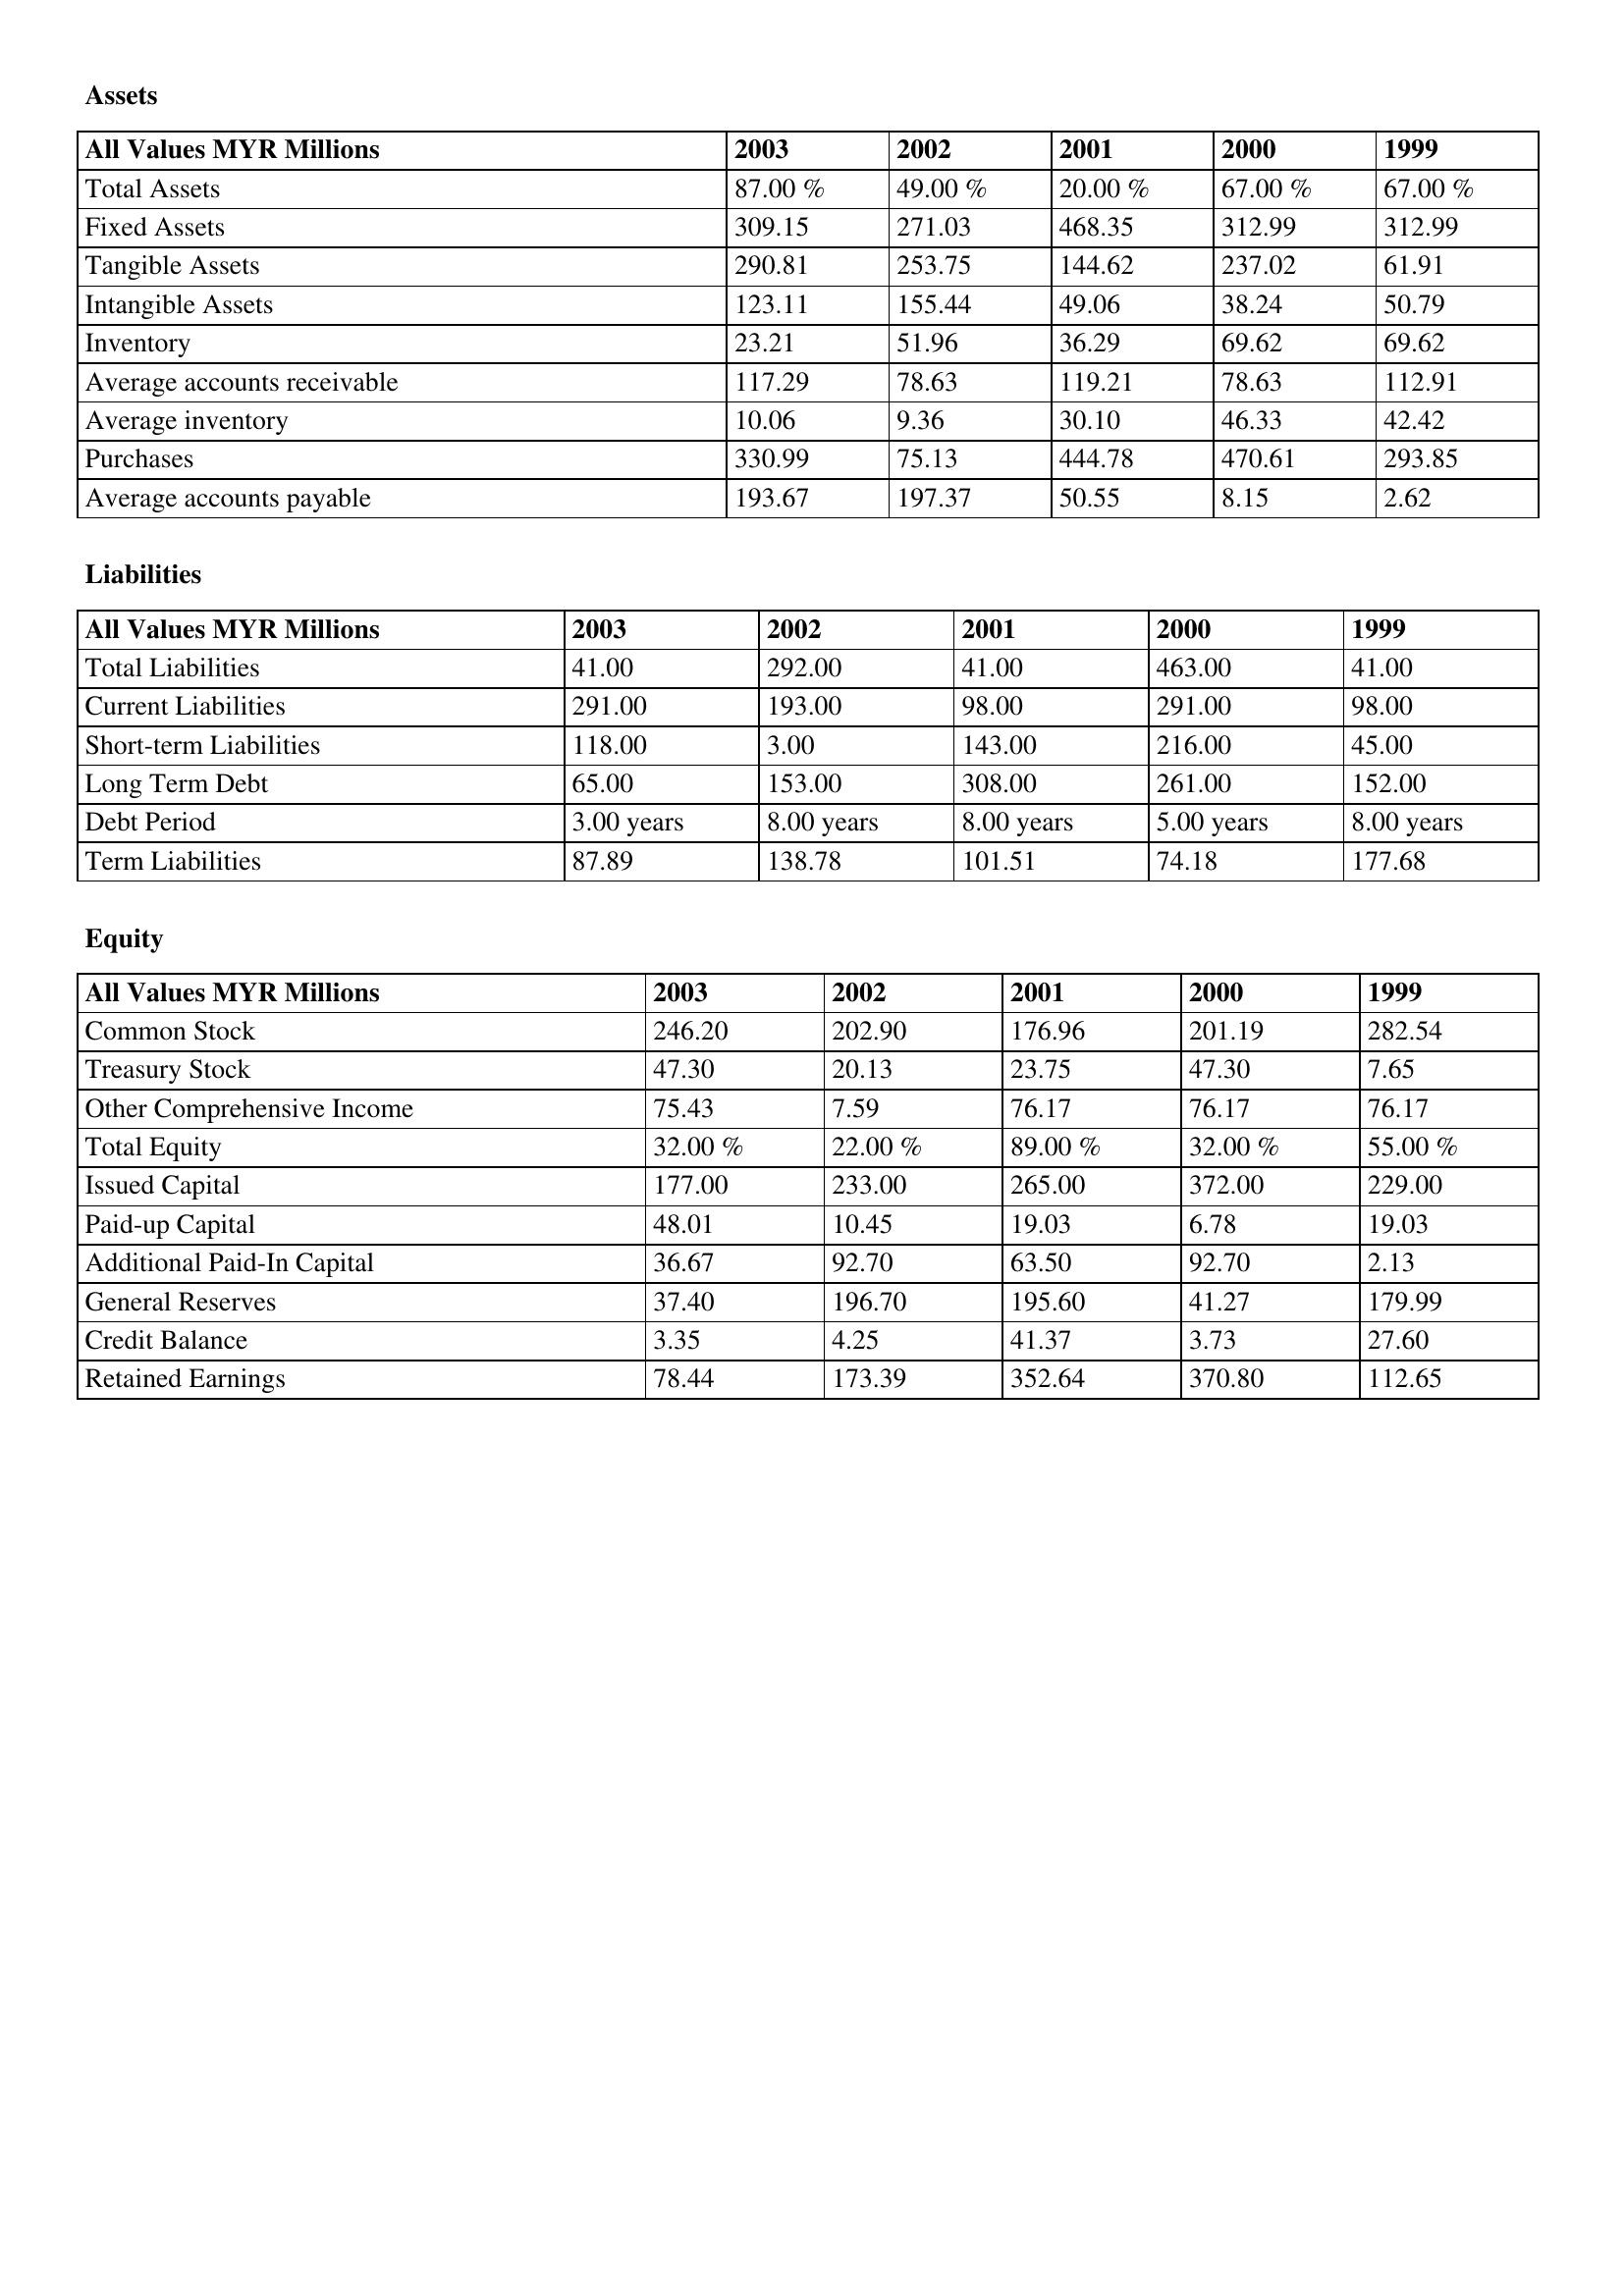
gt_parse: 2003: Assets: Total Assets: 87.00 %
Fixed Assets: 309.15
Tangible Assets: 290.81
Intangible Assets: 123.11
Inventory: 23.21
Average accounts receivable: 117.29
Average inventory: 10.06
Purchases: 330.99
Average accounts payable: 193.67
Liabilities: Total Liabilities: 41.00
Current Liabilities: 291.00
Short-term Liabilities: 118.00
Long Term Debt: 65.00
Debt Period: 3.00 years
Term Liabilities: 87.89
Equity: Common Stock: 246.20
Treasury Stock: 47.30
Other Comprehensive Income: 75.43
Total Equity: 32.00 %
Issued Capital: 177.00
Paid-up Capital: 48.01
Additional Paid-In Capital: 36.67
General Reserves: 37.40
Credit Balance: 3.35
Retained Earnings: 78.44
2002: Assets: Total Assets: 49.00 %
Fixed Assets: 271.03
Tangible Assets: 253.75
Intangible Assets: 155.44
Inventory: 51.96
Average accounts receivable: 78.63
Average inventory: 9.36
Purchases: 75.13
Average accounts payable: 197.37
Liabilities: Total Liabilities: 292.00
Current Liabilities: 193.00
Short-term Liabilities: 3.00
Long Term Debt: 153.00
Debt Period: 8.00 years
Term Liabilities: 138.78
Equity: Common Stock: 202.90
Treasury Stock: 20.13
Other Comprehensive Income: 7.59
Total Equity: 22.00 %
Issued Capital: 233.00
Paid-up Capital: 10.45
Additional Paid-In Capital: 92.70
General Reserves: 196.70
Credit Balance: 4.25
Retained Earnings: 173.39
2001: Assets: Total Assets: 20.00 %
Fixed Assets: 468.35
Tangible Assets: 144.62
Intangible Assets: 49.06
Inventory: 36.29
Average accounts receivable: 119.21
Average inventory: 30.10
Purchases: 444.78
Average accounts payable: 50.55
Liabilities: Total Liabilities: 41.00
Current Liabilities: 98.00
Short-term Liabilities: 143.00
Long Term Debt: 308.00
Debt Period: 8.00 years
Term Liabilities: 101.51
Equity: Common Stock: 176.96
Treasury Stock: 23.75
Other Comprehensive Income: 76.17
Total Equity: 89.00 %
Issued Capital: 265.00
Paid-up Capital: 19.03
Additional Paid-In Capital: 63.50
General Reserves: 195.60
Credit Balance: 41.37
Retained Earnings: 352.64
2000: Assets: Total Assets: 67.00 %
Fixed Assets: 312.99
Tangible Assets: 237.02
Intangible Assets: 38.24
Inventory: 69.62
Average accounts receivable: 78.63
Average inventory: 46.33
Purchases: 470.61
Average accounts payable: 8.15
Liabilities: Total Liabilities: 463.00
Current Liabilities: 291.00
Short-term Liabilities: 216.00
Long Term Debt: 261.00
Debt Period: 5.00 years
Term Liabilities: 74.18
Equity: Common Stock: 201.19
Treasury Stock: 47.30
Other Comprehensive Income: 76.17
Total Equity: 32.00 %
Issued Capital: 372.00
Paid-up Capital: 6.78
Additional Paid-In Capital: 92.70
General Reserves: 41.27
Credit Balance: 3.73
Retained Earnings: 370.80
1999: Assets: Total Assets: 67.00 %
Fixed Assets: 312.99
Tangible Assets: 61.91
Intangible Assets: 50.79
Inventory: 69.62
Average accounts receivable: 112.91
Average inventory: 42.42
Purchases: 293.85
Average accounts payable: 2.62
Liabilities: Total Liabilities: 41.00
Current Liabilities: 98.00
Short-term Liabilities: 45.00
Long Term Debt: 152.00
Debt Period: 8.00 years
Term Liabilities: 177.68
Equity: Common Stock: 282.54
Treasury Stock: 7.65
Other Comprehensive Income: 76.17
Total Equity: 55.00 %
Issued Capital: 229.00
Paid-up Capital: 19.03
Additional Paid-In Capital: 2.13
General Reserves: 179.99
Credit Balance: 27.60
Retained Earnings: 112.65